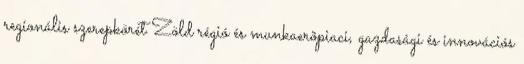
regionális szerepkörét Zöld régió és munkaerõpiaci, gazdasági és innovációs